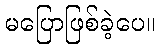
မပြောဖြစ်ခဲ့ပေ။